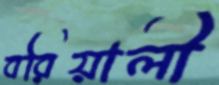
বরিয়ালী